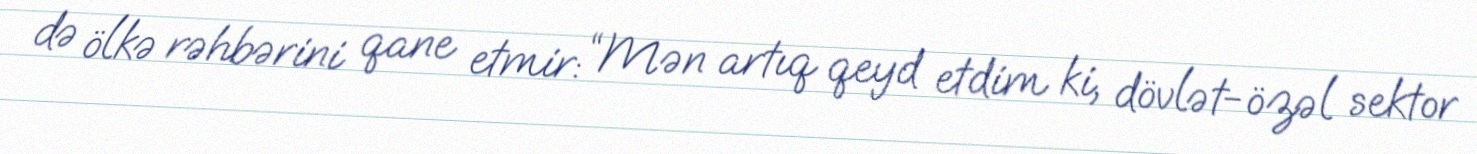
də ölkə rəhbərini qane etmir: “Mən artıq qeyd etdim ki, dövlət-özəl sektor